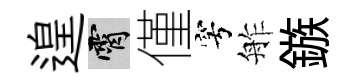
遑霄僅穹舴鏃